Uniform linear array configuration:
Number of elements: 32
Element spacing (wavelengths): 0.5
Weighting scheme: cosine
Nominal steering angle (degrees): -45
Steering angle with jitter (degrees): -44.117
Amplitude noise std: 0.05
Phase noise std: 0.05

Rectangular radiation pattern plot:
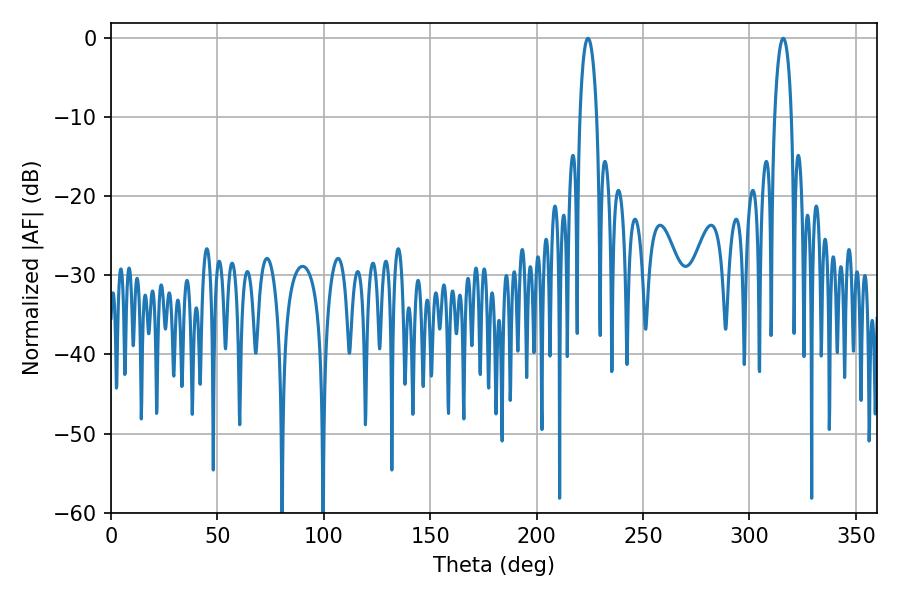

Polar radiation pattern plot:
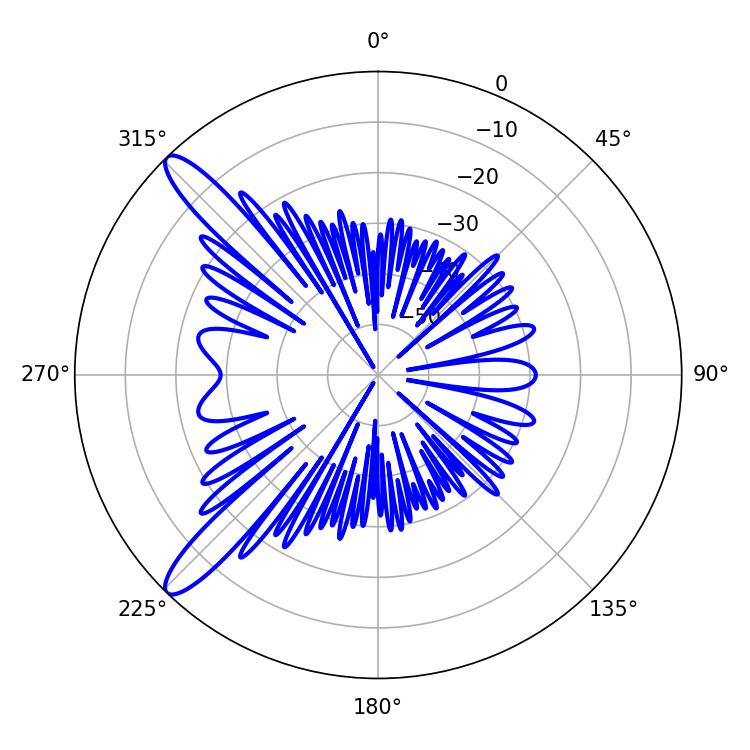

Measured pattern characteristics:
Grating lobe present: FALSE
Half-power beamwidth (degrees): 4.5
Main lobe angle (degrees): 224.1